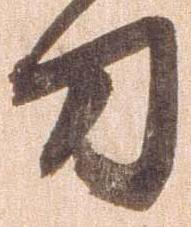
刀